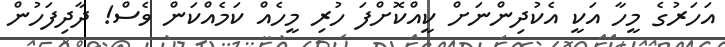
އަހަރުގެ މީހާ އަކީ އެކުދިންނަށް ކީއްކޮށްފަ ހުރި މީހެއް ކަމެއްކަން ވެސް! ދާދިފަހުން